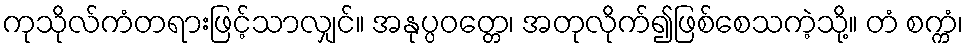
ကုသိုလ်ကံတရားဖြင့်သာလျှင်။ အနုပ္ပဝတ္တေ၊ အတုလိုက်၍ဖြစ်စေသကဲ့သို့။ တံ စက္ကံ၊